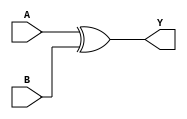
`timescale 1ns / 1ps
//////////////////////////////////////////////////////////////////////////////////
// Company: 
// Engineer: 
// 
// Design Name: 
// Module Name: Op_Xor
// Project Name: 
// Target Devices: 
// Tool Versions: 
// Description: 
// 
// Dependencies: 
// 
// Revision:
// Revision 0.01 - File Created
// Additional Comments:
// 
//////////////////////////////////////////////////////////////////////////////////

module Op_Xor#(parameter N=8)(
    input[N-1:0]A,
    input[N-1:0]B,
    output [N-1:0]Y
);
assign Y=A^B;
endmodule